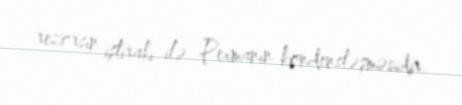
rezorsin iştirakı ilə Pexmanın kondensləşməsidir.